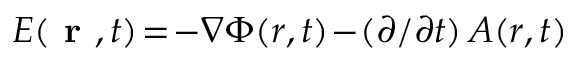
\boldsymbol { E } ( \textbf { r } , t ) \! = \! - \boldsymbol { \nabla } \Phi ( \boldsymbol { r } , t ) \! - \! ( \partial / \partial t ) \, \boldsymbol { A } ( \boldsymbol { r } , t )